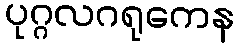
ပုဂ္ဂလဂရုကေန